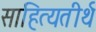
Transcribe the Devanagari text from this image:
साहित्यतीर्थ